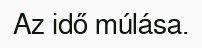
Az idő múlása.